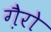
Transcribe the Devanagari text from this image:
गै़रो